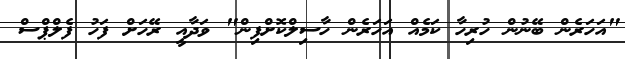
"އަހަރެން ބޭނުން ހުރިހާ ކަމެއް އަހަރެން ހާސިލްކޮށްފިން" ވަދާއީ ރޭހަށް ފަހު ފެލްޕްސް